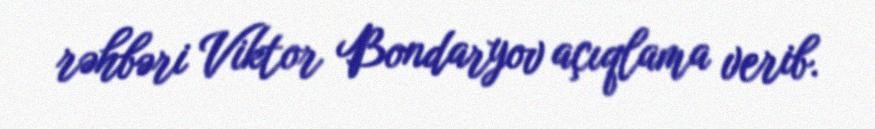
rəhbəri Viktor Bondaryov açıqlama verib.